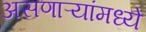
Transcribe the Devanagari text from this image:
असणाऱ्यांमध्ये